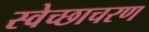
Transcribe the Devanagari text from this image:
स्वेच्छाचरण